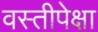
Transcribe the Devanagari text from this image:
वस्तीपेक्षा